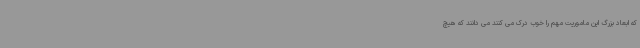
که ابعاد بزرگ این ماموریت مهم را خوب درک می کنند می دانند که هیچ